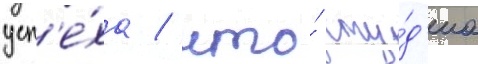
усп'е́ха / что́ сту́д'иа